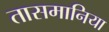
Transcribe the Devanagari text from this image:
तासमानिया